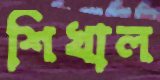
শিখাল